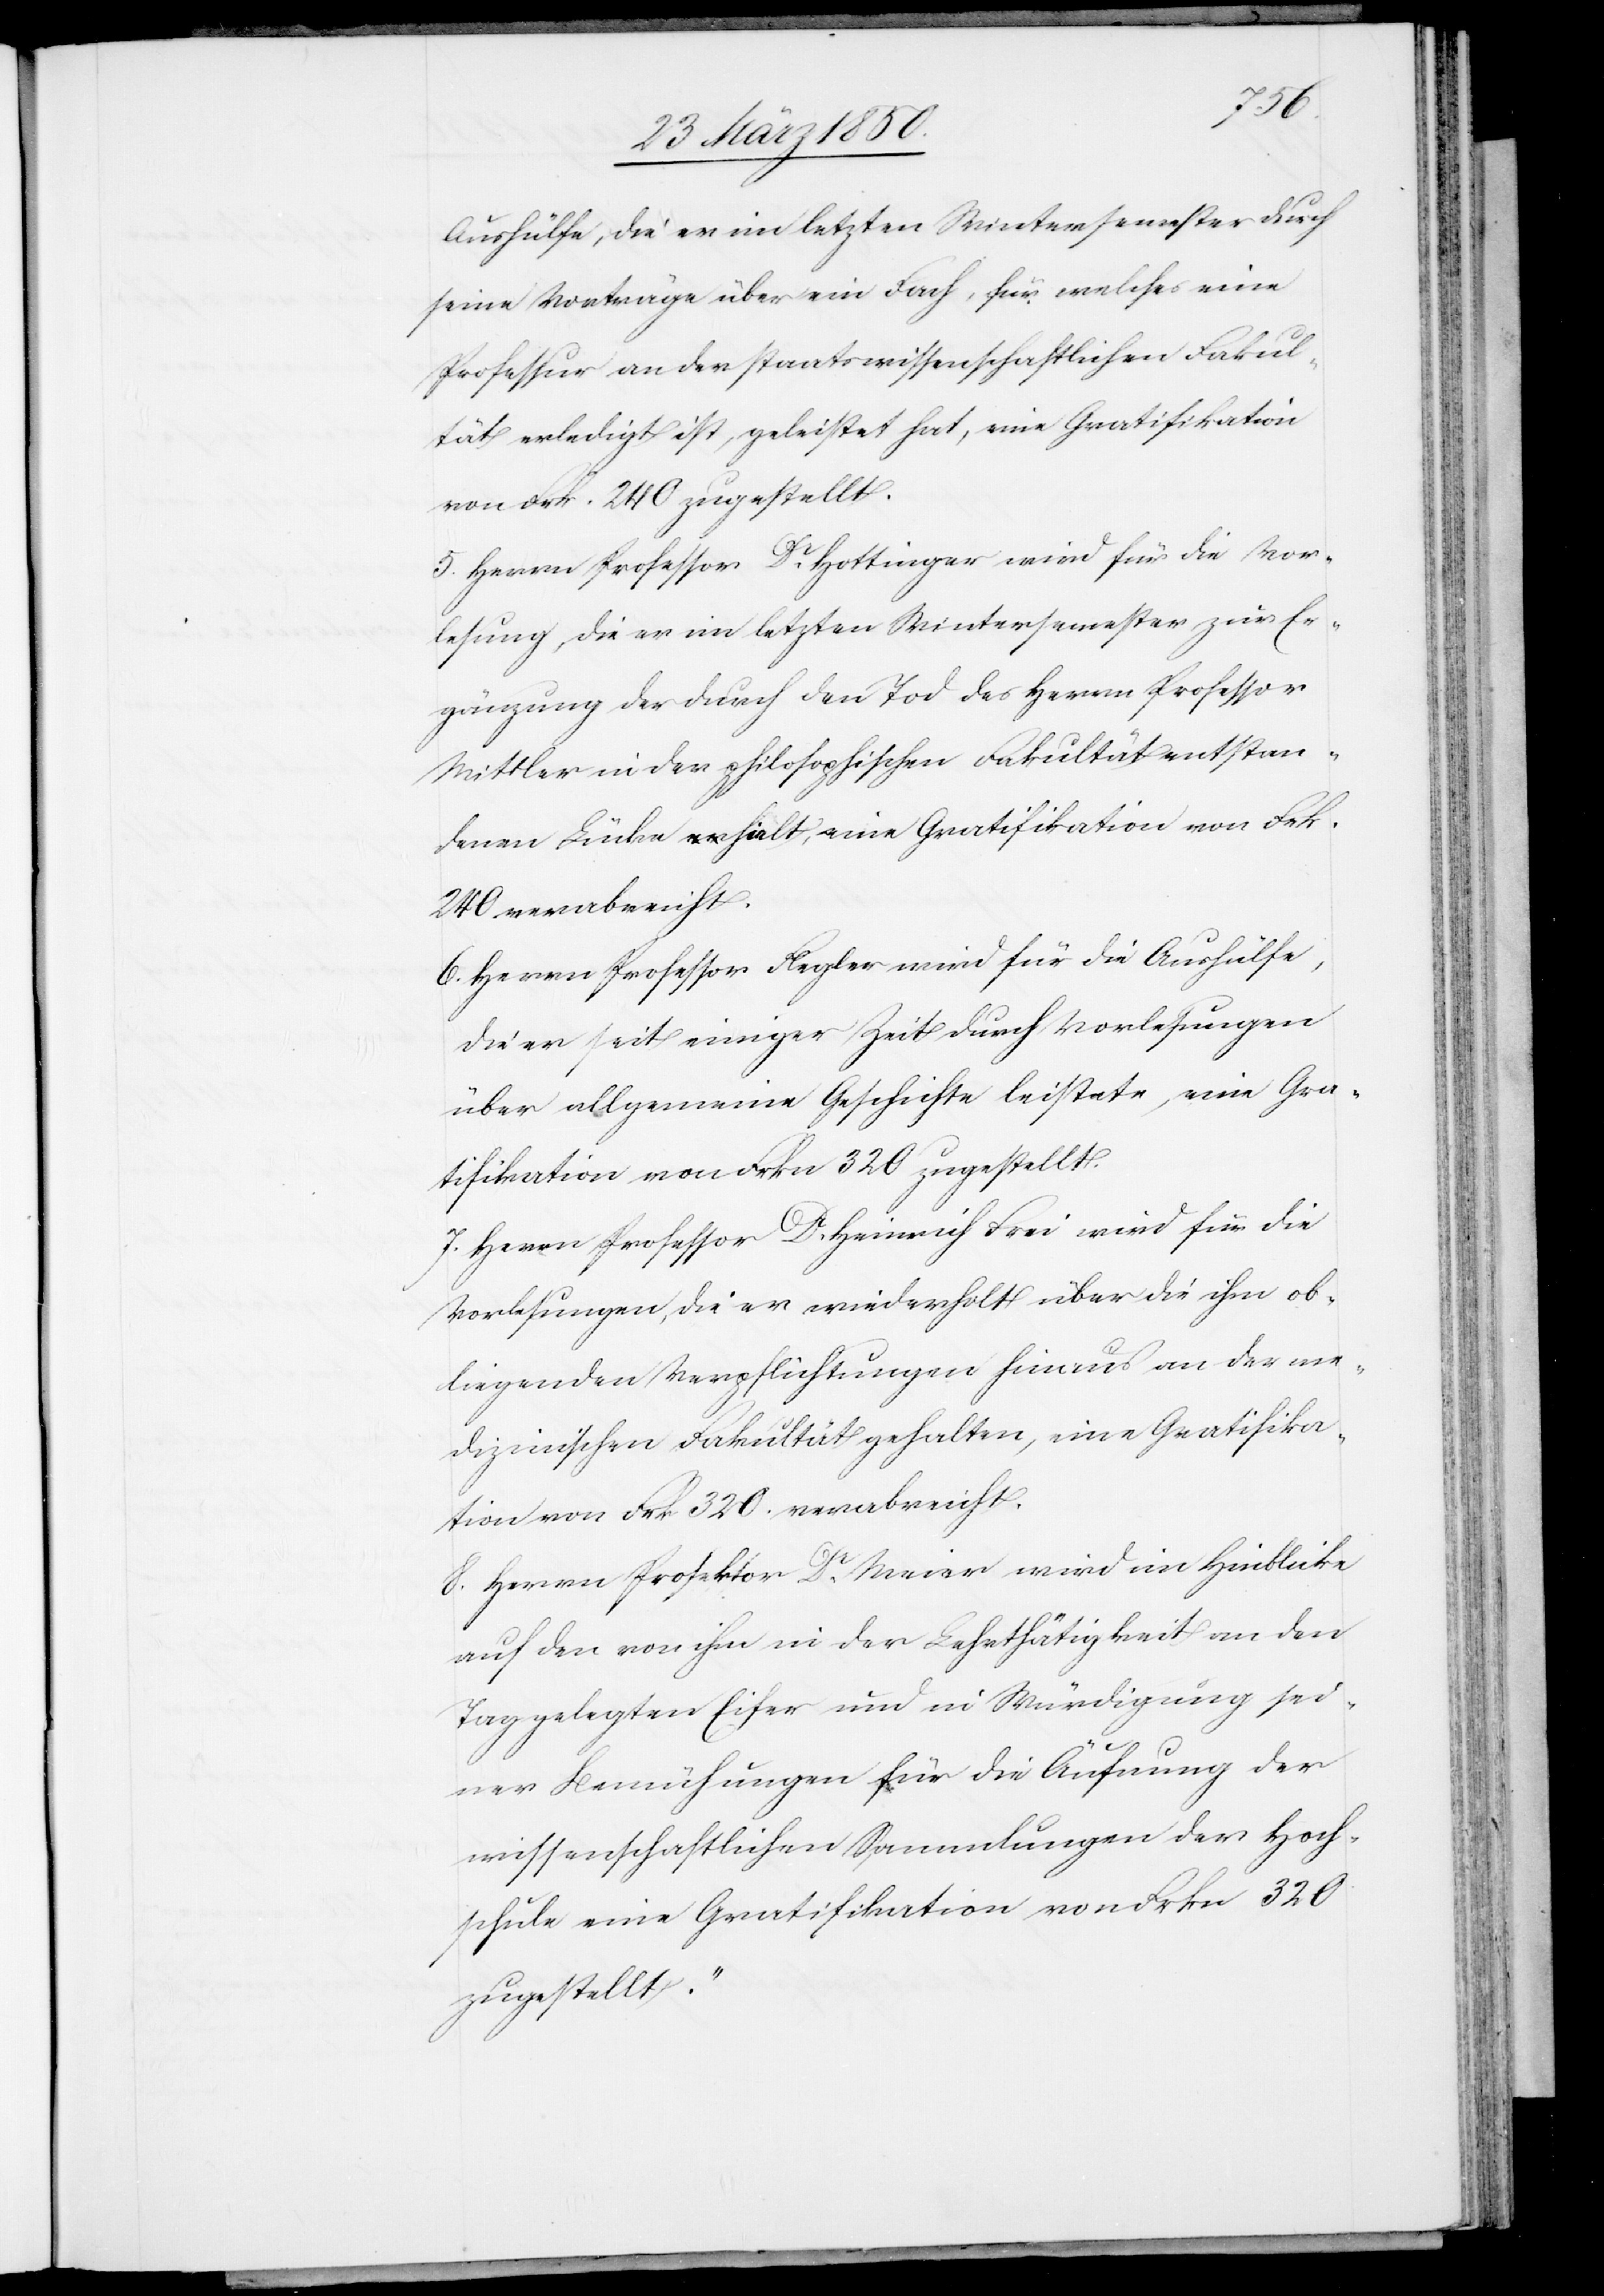
Aushülfe, die er im letzten Wintersemester durch
seine Vorträge über ein Fach, für welches eine
Professur an der staatswissenschaftlichen Fakul¬
tät erledigt ist, geleistet hat, eine Gratifikation
von Frk. 240 zugestellt.
5. Herrn Professor Dr Hottinger wird für die Vor¬
lesung, die er im letzten Wintersemester zur Er¬
gänzung der durch den Tod des Herrn Professor
Mittler in der philosophischen Fakultät entstan¬
denen Lücke hielt, eine Gratifikation von Frk.
240 verabreicht.
6. Herrn Professor Flegler wird für die Aushülfe,
die er seit einiger Zeig durch Vorlesungen
über allgemeine Geschichte leistete, eine Gra¬
tifikation von Frkn 320 zugestellt.
7. Herrn Professor Dr Heinrich Frei wird für die
Vorlesungen, die er wiederholt über die ihm ob¬
liegenden Verpflichtungen hinaus an der me¬
dizinischen Fakultät gehalten, eine Gratifika¬
tion von Frk 320. verabreicht.
8. Herrn Prosektor Dr Meier wird im Hinblicke
auf den von ihm in der Lehrthätigkeit an den
Tag gelegten Eifer und in Würdigung sei¬
ner Bemühungen für die Äufnung der
wissenschaftlichen Sammlungen der Hoch¬
schule eine Gratifikation von Frkn 320
zugestellt.“